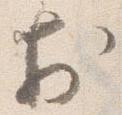
於